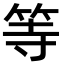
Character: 等